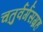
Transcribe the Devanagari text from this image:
चतुर्वर्गसग्रह